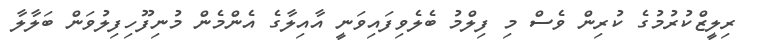
ރިލީޒްކުރުމުގެ ކުރިން ވެސް މި ފިލްމު ބެލެވިފައިވަނީ އާއިލާގެ އެންމެން މުނިފޫހިފިލުވަން ބަލާލާ